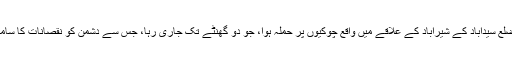
آمدہ رپوٹ کے مطابق صوبہ سرپل ضلع سیداباد کے شیراباد کے علاقے میں واقع چوکیوں پر حملہ ہوا، جو دو گھنٹے تک جاری رہا، جس سے دشمن کو نقصانات کا سامنا ہوا، تا ہم تفصیل موصولہ نہ ہوسکا۔